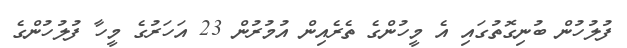
ފުލުހުން ބުނިގޮތުގައި އެ މީހުންގެ ތެރެއިން އުމުރުން 23 އަހަރުގެ މީހާ ފުލުހުންގެ